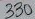
Text: 330